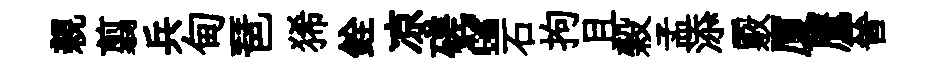
親翦兵甸琶狶銓凉磋“石拘且榖孟添覈厦鷹晉